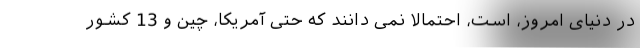
در دنیای امروز، است، احتمالاً نمی دانند که حتی آمریکا، چین و 13 کشور